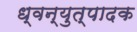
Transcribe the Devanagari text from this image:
ध्वन्युत्पादक